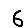
Digit: 6